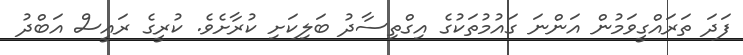
ފަދަ ތަރައްގީވަމުން އަންނަ ގައުމުތަކުގެ އިގްތިސާދު ބަލިކަށި ކުރާށެވެ. ކުރީގެ ރައީސް އަބްދު